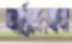
আর্দ্রকোমল